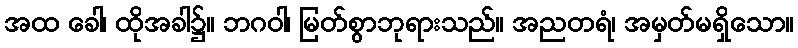
အထ ခေါ၊ ထိုအခါ၌။ ဘဂဝါ၊ မြတ်စွာဘုရားသည်။ အညတရံ၊ အမှတ်မရှိသော။